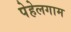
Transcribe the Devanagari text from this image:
पेहेलगाम